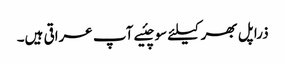
ذرا پل بھر کیلئے سوچئیے آپ عراقی ہیں۔